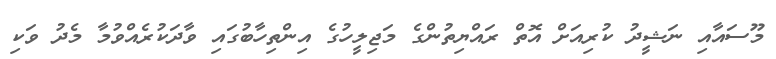
މޫސައާއި ނަޝީދު ކުރިއަށް އޮތް ރައްޔިތުންގެ މަޖިލީހުގެ އިންތިހާބުގައި ވާދަކުރެއްވުމާ މެދު ވަކި